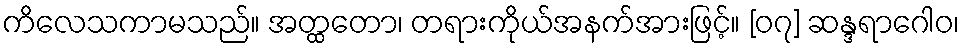
ကိလေသကာမသည်။ အတ္ထတော၊ တရားကိုယ်အနက်အားဖြင့်။ [၀၇] ဆန္ဒရာဂေါဝ၊